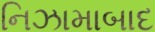
નિઝામાબાદ